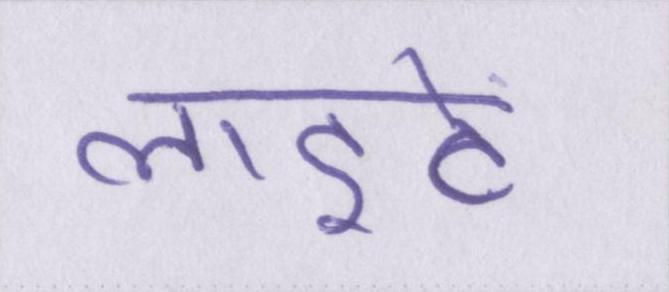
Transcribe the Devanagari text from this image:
लाइटें